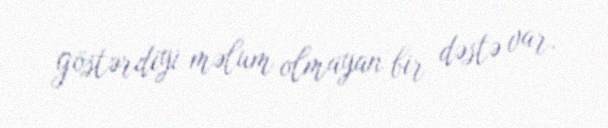
göstərdiyi məlum olmayan bir dəstə var.